Insane asylums in Bengal annual reports 1876-1887 - 1876-1887
Year: 1876
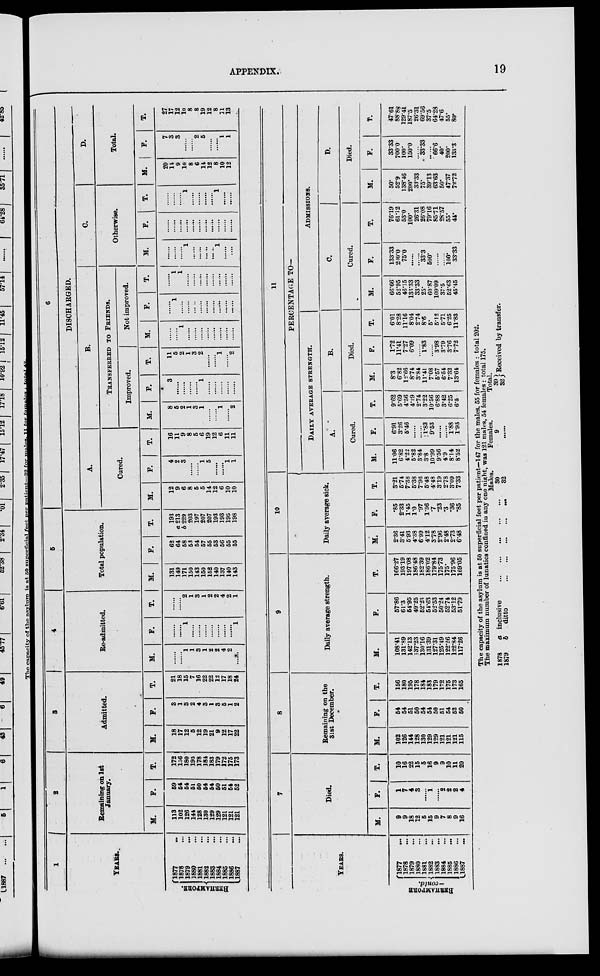
APPENDIX.
19
1
YEARS.
BERHAMPORE.
1877 ...
1878 ...
1879 ...
1880 ...
1881 ...
1882 ...
1883 ...
1884 ...
1885 ...
1886 ...
1887 ...
2
Remaining on 1st
January.
M.
113
102
126
144
128
130
129
129
121
121
121
F.
59
54
54
51
50
54
54
50
51
54
52
T.
172
156
180
195
178
184
183
179
172
175
173
3
Admitted.
M.
18
17
12
5
12
19
21
9
12
17
22
F .
3
1
3
2
4
3
1
3
5
1
2
T.
21
18
15
7
16
22
22
12
17
18
24
4
Re-admitted.
M.
......
......
1
1
3
1
2
2
4
2
......
F.
......
......
1
......
......
......
......
......
......
......
1
T.
......
......
2
1
3
1
2
2
4
2
1
5
Total population.
M.
131
149
171
150
143
150
152
140
137
140
143
F.
62
64
58
53
54
57
55
53
56
55
55
T.
193
a 213
b 229
203
197
207
207
193
193
195
198
6
DISCHARGED.
A.
Cured.
M.
12
9
6
8
5
5
14
12
6
10
10
F.
4
2
3
......
......
1
5
......
......
1
1
T.
16
11
9
8
5
6
19
12
6
11
11
B.
TRANSFERRED TO FRIENDS.
Improved.
M.
8
5
2
1
3
1
......
......
1
......
2
F.
3
......
......
......
......
1
......
......
......
......
......
T.
11
5
2
1
3
2
......
......
1
......
2
Not improved.
M.
......
......
1
......
......
......
......
......
......
......
......
F.
......
1
......
......
......
......
......
......
......
......
......
T.
......
1
1
......
......
......
......
......
......
......
......
C.
Otherwise.
M.
......
......
......
1
......
......
......
......
1
......
......
F.
......
......
......
......
......
......
......
......
......
......
......
T.
......
......
......
1
......
......
......
......
1
......
D.
Total.
M.
20
14
9
10
8
6
14
12
8
10
12
F.
7
3
3
......
......
2
5
......
......
1
1
T.
27
17
12
10
8
8
19
12
8
11
13
YEARS.
BERHAMPORE
—contd.
1877 ...
1878 ...
1879 ...
1880 ...
1881 ...
1882 ...
1883 ...
1884 ...
1885 ...
1886 ...
1887
...
7
Died.
M.
9
9
18
12
5
15
9
7
8
9
16
F.
1
7
4
3
......
1
......
2
2
2
4
T.
10
16
22
15
5
16
9
9
10
11
20
8
Remaining on the
31st December.
M.
102
126
144
128
130
129
129
121
121
121
115
F.
54
54
51
50
54
54
50
51
54
52
50
T.
156
180
195
178
184
183
179
172
175
173
165
9
Daily average strength.
M.
108.41
131.89
142.13
137.23
130.16
131.39
127.31
125.49
122.26
122.84
117.26
F.
57.86
61.3
54.95
49.25
52.23
54.63
52.53
50.24
52.74
53.12
51.79
T.
166.27
193.19
197.08
186.48
182.39
186.02
179.84
175.73
175.
175.96
169.05
10
Daily average sick.
M.
2.36
3.41
5.93
4.38
6.99
4.12
3.78
2.96
2.48
2.73
6.48
F.
.85
2.33
1.45
1.0
.97
1.36
.7
.23
.3
.36
.85
T.
3.21
5.74
7.38
5.38
7.96
5.48
4.48
3.19
2.78
3.09
7.33
11
PERCENTAGE TO—
DAILY AVERAGE STRENGTH.
A.
Cured.
M.
11.06
6.82
4.22
5.82
3.84
3.8
10.99
9.56
4.9
8.14
8.52
F.
6.91
3.26
5.46
......
......
1.83
9.53
......
......
1.88
1.93
T.
9.62
5.69
4.56
4.29
2.74
3.22
10.56
6.88
3.42
6.25
6.5
B.
Died.
M.
8.3
6.82
12.66
8.74
3.84
11.41
7.08
5.57
6.54
7.32
13.64
F.
1.72
11.41
7.27
6.09
......
1.83
......
3.98
3.79
3.76
7.72
T.
6.01
8.28
11.16
8.04
2.74
8.6
5.
5.12
5.71
6.25
11.83
ADMISSIONS.
C.
Cured.
M.
66.66
52.95
46.15
133.33
33.33
25.
60.87
109.09
37.5
52.63
45.45
F.
133.33
200.0
75.0
......
......
33.3
500.
......
......
100.
33.33
T.
76.19
61.12
53.0
100.
26.31
26.08
79.16
85.71
28.57
55.
44.
D.
Died.
M.
50.
52.9
138.46
200.
33.33
75.
39.13
63.63
50.
47.37
72.72
F.
33.33
700.0
100.
150.0
......
33.33
......
66.6
40.
200.
133.3
T.
47.61
88.88
129.41
187.5
26.31
69.56
37.5
64.28
47.6
55.
80.
The capacity of the asylum is at 50 superficial feet per patient—147 for the males, 55 for females : total 202.
The maximum number of lunatics confined in any one night, was 121 males, 54 females : total 175.
1878
1879
a inclusive
...
...
...
...
...
b
ditto
...
...
...
...
...
Males.
30
32
Females.
9
......
Total.
39
32 Received by transfer.